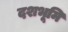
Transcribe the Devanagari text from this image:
दशभूमि